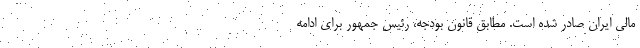
مالی ایران صادر شده است. مطابق قانون بودجه، رئیس جمهور برای ادامه